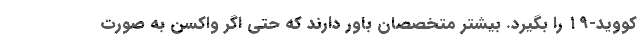
کووید-۱۹ را بگیرد. بیشتر متخصصان باور دارند که حتی اگر واکسن به صورت